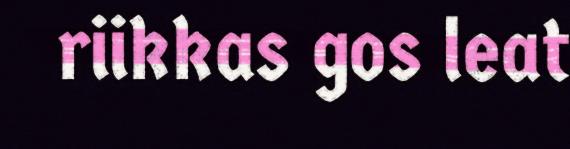
riikkas gos leat